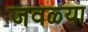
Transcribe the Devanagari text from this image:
जवळ्या